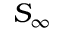
S _ { \infty }